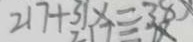
2 1 7 + 3 1 x = 3 8